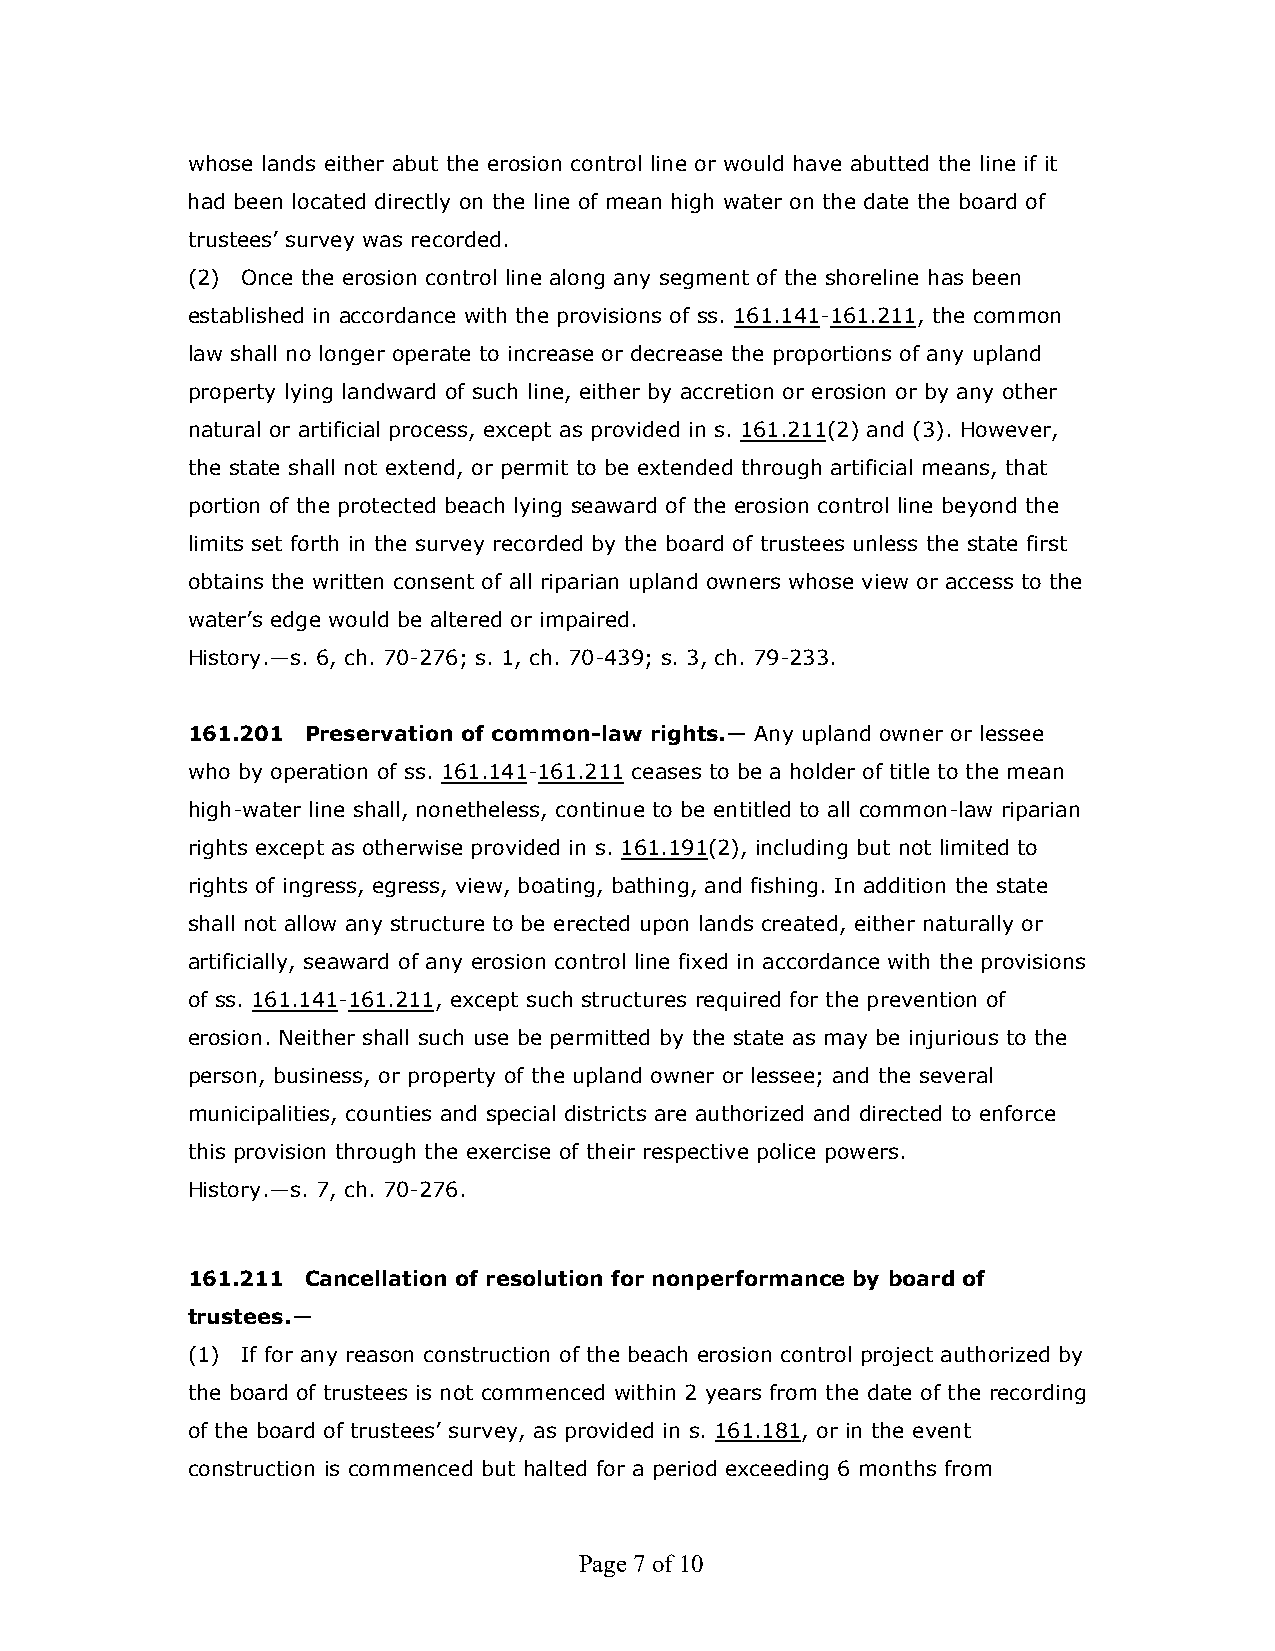
whose lands either abut the erosion control line or would have abutted the line if it
 had been located directly on the line of mean high water on the date the board of
 trustees’ survey was recorded.
 (2) Once the erosion control line along any segment of the shoreline has been
 established in accordance with the provisions of ss. 161.141-161.211, the common
 law shall no longer operate to increase or decrease the proportions of any upland
 property lying landward of such line, either by accretion or erosion or by any other
 natural or artificial process, except as provided in s. 161.211(2) and (3). However,
 the state shall not extend, or permit to be extended through artificial means, that
 portion of the protected beach lying seaward of the erosion control line beyond the
 limits set forth in the survey recorded by the board of trustees unless the state first
 obtains the written consent of all riparian upland owners whose view or access to the
 water’s edge would be altered or impaired.
 History.—s. 6, ch. 70-276; s. 1, ch. 70-439; s. 3, ch. 79-233.
 161.201 Preservation of common-law rights.— Any upland owner or lessee
 who by operation of ss. 161.141-161.211 ceases to be a holder of title to the mean
 high-water line shall, nonetheless, continue to be entitled to all common-law riparian
 rights except as otherwise provided in s. 161.191(2), including but not limited to
 rights of ingress, egress, view, boating, bathing, and fishing. In addition the state
 shall not allow any structure to be erected upon lands created, either naturally or
 artificially, seaward of any erosion control line fixed in accordance with the provisions
 of ss. 161.141-161.211, except such structures required for the prevention of
 erosion. Neither shall such use be permitted by the state as may be injurious to the
 person, business, or property of the upland owner or lessee; and the several
 municipalities, counties and special districts are authorized and directed to enforce
 this provision through the exercise of their respective police powers.
 History.—s. 7, ch. 70-276.
 161.211 Cancellation of resolution for nonperformance by board of
 trustees.—
 (1) If for any reason construction of the beach erosion control project authorized by
 the board of trustees is not commenced within 2 years from the date of the recording
 of the board of trustees’ survey, as provided in s. 161.181, or in the event
 construction is commenced but halted for a period exceeding 6 months from
 Page 7 of 10